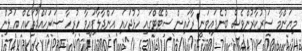
މިޔަންމާ ސަރުކާރުންވެސް ބުނެފައިވަނީ ރާޚައިން ސްޓޭޓްގައި ހުޅުޖަހައި އަންދާލާފައިވާ ހުރިހާ ސަރަހައްދުތަކެއް އަލުން